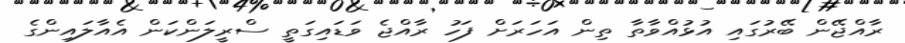
ރާއްޖޭން ބޭރުގައި އުޅުއްވާތާ ތިން އަހަރަށް ފަހު ރާއްޖެ ވަޑައިގަތީ ސްރީލަންކަން އެއާލައިންގެ